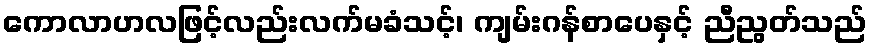
ကောလာဟလဖြင့်လည်းလက်မခံသင့်၊ ကျမ်းဂန်စာပေနှင့် ညီညွတ်သည်